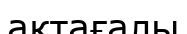
ақтағалы